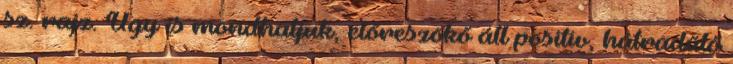
sz. rajz. Úgy is mondhatjuk, előreszökő áll positív, hátradűlő